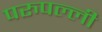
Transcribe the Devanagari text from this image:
परुपल्ली